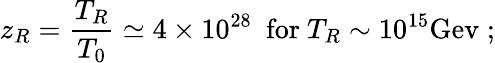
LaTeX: z_{R}=\frac{T_{R}}{T_{0}}\simeq 4\times 10^{28}~~\mathrm{for}~T_{R}\sim 10^{15}\mathrm{Gev}\; ;